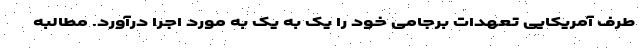
طرف آمریکایی تعهدات برجامی خود را یک به یک به مورد اجرا درآورد. مطالبه